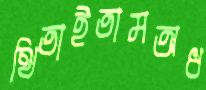
থিতাইতামঅধ